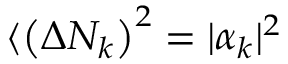
\langle \left( \Delta N _ { k } \right) ^ { 2 } = | \alpha _ { k } | ^ { 2 }